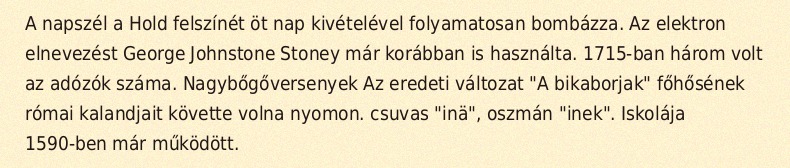
A napszél a Hold felszínét öt nap kivételével folyamatosan bombázza. Az elektron elnevezést George Johnstone Stoney már korábban is használta. 1715-ban három volt az adózók száma. Nagybőgőversenyek Az eredeti változat "A bikaborjak" főhősének római kalandjait követte volna nyomon. csuvas "inä", oszmán "inek". Iskolája 1590-ben már működött.